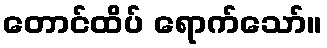
တောင်ထိပ် ရောက်သော်။